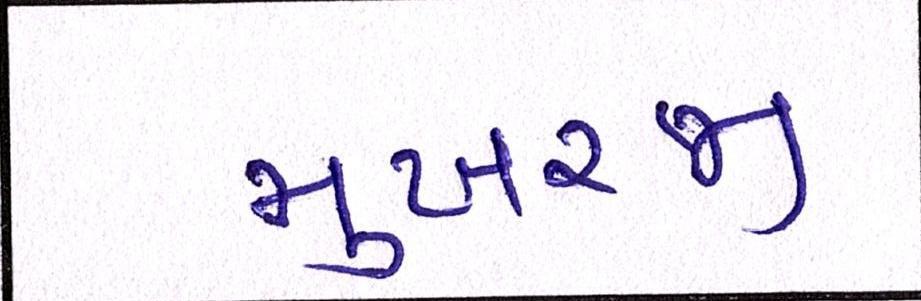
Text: મુખરજી